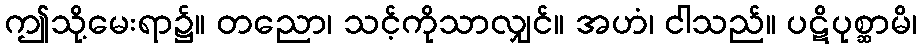
ဤသို့မေးရာ၌။ တညော၊ သင့်ကိုသာလျှင်။ အဟံ၊ ငါသည်။ ပဋိပုစ္ဆာမိ၊